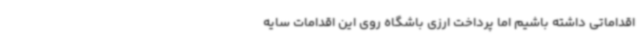
اقداماتی داشته باشیم اما پرداخت ارزی باشگاه روی این اقدامات سایه